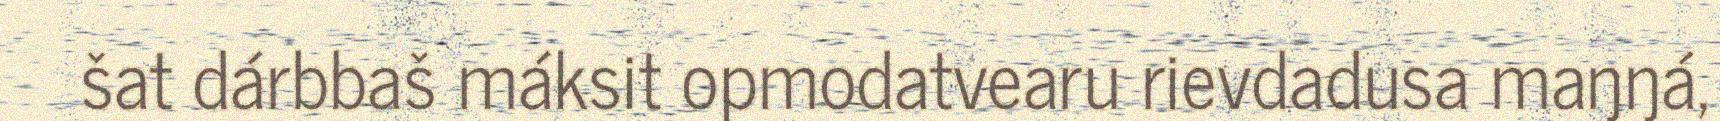
šat dárbbaš máksit opmodatvearu rievdadusa maŋŋá,